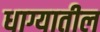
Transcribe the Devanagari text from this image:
धाग्यातील